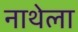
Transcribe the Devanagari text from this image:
नाथेला